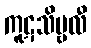
ကူဋသိမ္ဗလီ